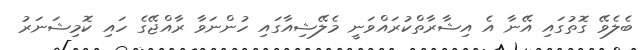
ބެލެވޭ ގޮތުގައި އޭނާ އެ އިޝާރާތްކުރައްވަނީ މެލޭޝިއާގައި ހުންނަވާ ރާއްޖޭގެ ހައި ކޮމިޝަނަރު